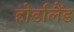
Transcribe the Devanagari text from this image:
होर्डालैंड